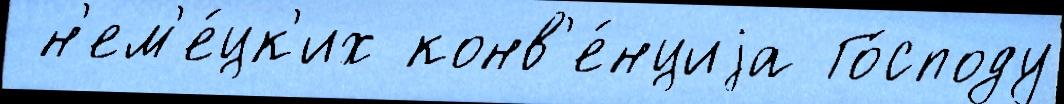
 н'ем'е́цк'их конв'е́нциjа Го́споду